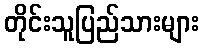
တိုင်းသူပြည်သားများ